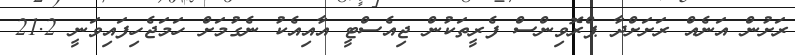
ރަށުން އަނެއް ރަށަށްދާ ޕްރޮވިންސް ފެރީތަކުން ޖިއެސްޓީ އާއިއެކު ނެގުމަށް ހަމަޖެހިފައިވަނީ 21.2